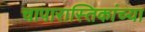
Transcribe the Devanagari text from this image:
चापारास्तिकांच्या